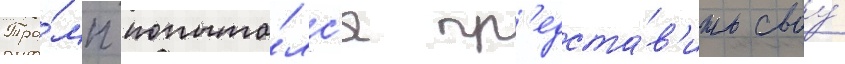
Тра́мп попыта́лс'я пр'едста́в'ить своу́